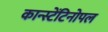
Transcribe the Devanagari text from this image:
कान्स्टेंटिनोपल